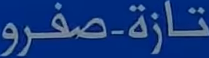
تازة-صفرو